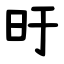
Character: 旴